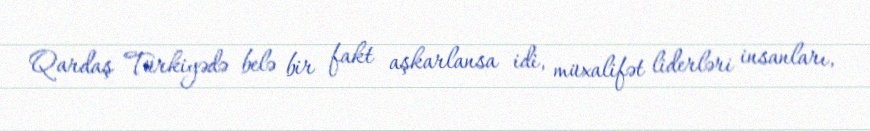
Qardaş Türkiyədə belə bir fakt aşkarlansa idi, müxalifət liderləri insanları,